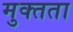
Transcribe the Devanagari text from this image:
मुक्‍तता